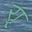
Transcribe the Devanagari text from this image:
र्‍ाृ